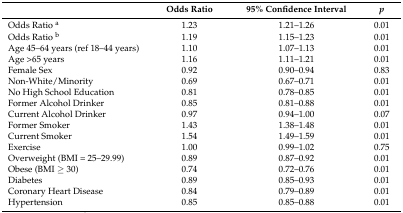
<table><thead><tr><td></td><td><b>Odds Ratio</b></td><td><b>95% Confidence Interval</b></td><td><b><i>p</i></b></td></tr></thead><tbody><tr><td>Odds Ratio <sup>a</sup></td><td>1.23</td><td>1.21–1.26</td><td>0.01</td></tr><tr><td>Odds Ratio <sup>b</sup></td><td>1.19</td><td>1.15–1.23</td><td>0.01</td></tr><tr><td>Age 45–64 years (ref 18–44 years)</td><td>1.10</td><td>1.07–1.13</td><td>0.01</td></tr><tr><td>Age &gt;65 years</td><td>1.16</td><td>1.11–1.21</td><td>0.01</td></tr><tr><td>Female Sex</td><td>0.92</td><td>0.90–0.94</td><td>0.83</td></tr><tr><td>Non-White/Minority</td><td>0.69</td><td>0.67–0.71</td><td>0.01</td></tr><tr><td>No High School Education</td><td>0.81</td><td>0.78–0.85</td><td>0.01</td></tr><tr><td>Former Alcohol Drinker</td><td>0.85</td><td>0.81–0.88</td><td>0.01</td></tr><tr><td>Current Alcohol Drinker</td><td>0.97</td><td>0.94–1.00</td><td>0.07</td></tr><tr><td>Former Smoker</td><td>1.43</td><td>1.38–1.48</td><td>0.01</td></tr><tr><td>Current Smoker</td><td>1.54</td><td>1.49–1.59</td><td>0.01</td></tr><tr><td>Exercise</td><td>1.00</td><td>0.99–1.02</td><td>0.75</td></tr><tr><td>Overweight (BMI = 25–29.99)</td><td>0.89</td><td>0.87–0.92</td><td>0.01</td></tr><tr><td>Obese (BMI ≥ 30)</td><td>0.74</td><td>0.72–0.76</td><td>0.01</td></tr><tr><td>Diabetes </td><td>0.89</td><td>0.85–0.93</td><td>0.01</td></tr><tr><td>Coronary Heart Disease</td><td>0.84</td><td>0.79–0.89</td><td>0.01</td></tr><tr><td>Hypertension </td><td>0.85</td><td>0.85–0.88</td><td>0.01</td></tr></tbody></table>